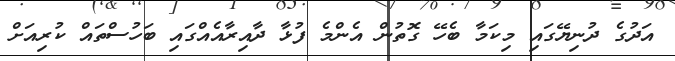
އަދުގެ ދުނިޔޭގައި މިކަމާ ބެހޭ ގޮތުން އެންމެ ފުޅާ ދާއިރާއެއްގައި ބަހުސްތައް ކުރިއަށް